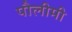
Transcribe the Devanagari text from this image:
पौलीमी